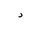
Letter: _dal